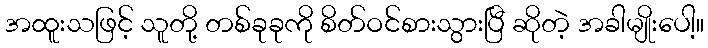
အထူးသဖြင့် သူတို့ တစ်ခုခုကို စိတ်ဝင်စားသွားပြီ ဆိုတဲ့ အခါမျိုးပေါ့။